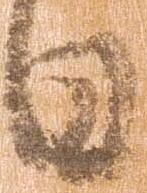
日